Annual administration report of the Civil Veterinary Department of India - 1892-1893
Year: 1892
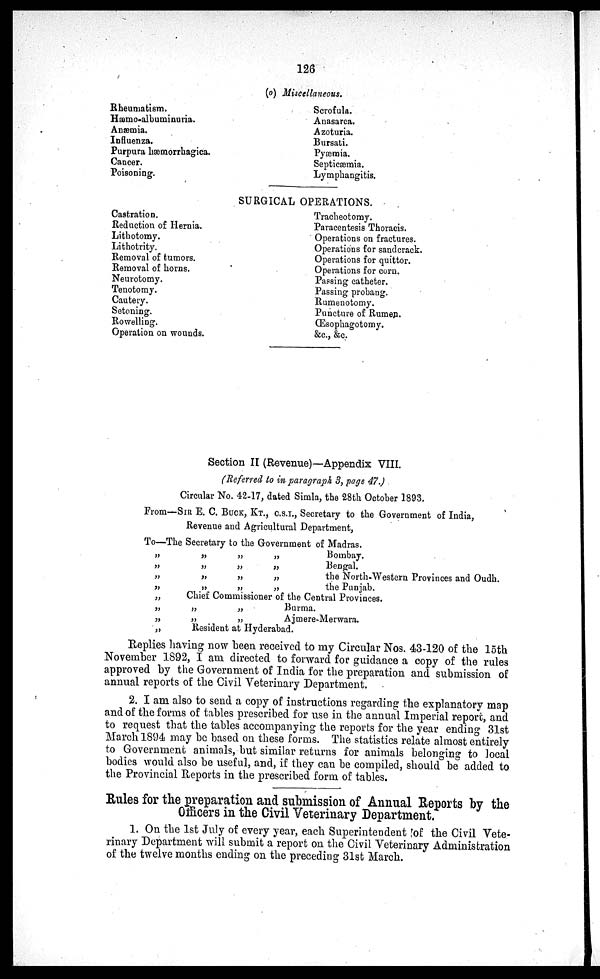
126
(o) Miscellaneous.
Rheumatism.
Hæmo-albuminuria.
Anæmia.
Influenza.
Purpura hæmorrhagica.
Cancer.
Poisoning.
Scrofula.
Anasarca.
Azoturia.
Bursati.
Pyæmia.
Septicæmia.
Lymphangitis.
SURGICAL OPERATIONS.
Castration.
Reduction of Hernia.
Lithotomy.
Lithotvity.
Removal of tumors.
Removal of horns.
Neurotomy.
Tenotomy.
Cautery.
Setoning.
Rowelling.
Operation on wounds.
Tracheotomy.
Paracentesis Thoracis.
Operations on fractures.
Operations for sandcrack.
Operations for quittor.
Operations for corn.
Passing catheter.
Passing probang.
Rumenotomy.
Puncture of Rumen.
Œsophagotomy.
&c., &c.
Section II (Revenue)—Appendix VIII.
(Referred to in paragraph 3, page 47.)
Circular No. 42-17, dated Simla, the 28th October 1893.
From—SIR E. C. BUCK, KT., C.S.I., Secretary to the Government of India,
Revenue and Agricultural Department,
To—The Secretary to the Government of Madras.
„
„
„
„
„
„
„
„
„
„
„
„
„
„
„
„
„
„
„
„
Bombay.
Bengal.
the North-Western Provinces and Oudh.
the Punjab.
Chief Commissioner of the Central Provinces.
„
„
„
„
Burma.
Ajmere-Merwara.
Resident at Hyderabad.
Replies having now been received to my Circular Nos. 43-120 of the 15th
November 1892, I am directed to forward for guidance a copy of the rules
approved by the Government of India for the preparation and submission of
annual reports of the Civil Veterinary Department.
2. I am also to send a copy of instructions regarding the explanatory map
and of the forms of tables prescribed for use in the annual Imperial report, and
to request that the tables accompanying the reports for the year ending 31st
March 1894 may be based on these forms. The statistics relate almost entirely
to Government animals, but similar returns for animals belonging to local
bodies would also be useful, and, if they can be compiled, should be added to
the Provincial Reports in the prescribed form of tables.
Rules for the preparation and submission of Annual Reports by the
Officers in the Civil Veterinary Department.
1. On the 1st July of every year, each Superintendent of the Civil Vete-
rinary Department will submit a report on the Civil Veterinary Administration
of the twelve months ending on the preceding 31st March.